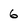
Character: 6